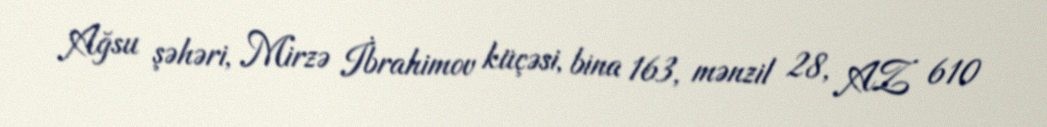
Ağsu şəhəri, Mirzə İbrahimov küçəsi, bina 163, mənzil 28, AZ 610